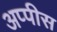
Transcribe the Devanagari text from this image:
अप्पीस